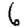
Digit: 6